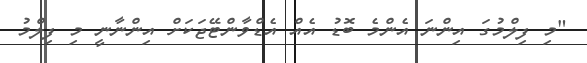
"މި ފިލްމުގަ އިންނަ އެންމެ ބޮޑު އެއް އެޑްވާންޓޭޖަކަށް އިންނާނީ މި ފިލްމު